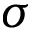
\sigma